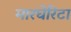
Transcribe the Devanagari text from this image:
मारघेरिटा